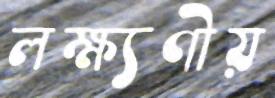
লক্ষ্যণীয়